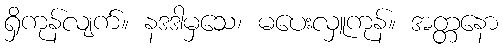
ရှိကုန်လျက်။ နဒဒါမှသေ၊ မပေးလှူကုန်။ အတ္တနော